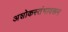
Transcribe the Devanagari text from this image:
अशोकस्तंभावरून